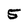
Character: 5